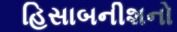
હિસાબનીશનો